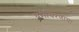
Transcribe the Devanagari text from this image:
धर्माचरणाचा